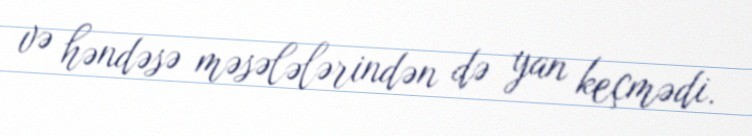
və həndəsə məsələlərindən də yan keçmədi.